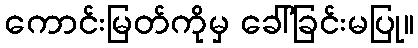
ကောင်းမြတ်ကိုမှ ခေါ်ခြင်းမပြု။